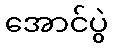
အောင်ပွဲ